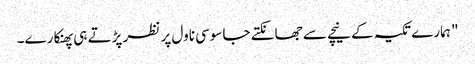
" ہمارے تکیہ کے نیچے سے جھانکتے جاسوسی ناول پر نظر پڑتے ہی پھنکارے۔